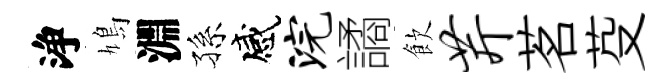
浄鳩淵孫感浣譎飲芹茗芟